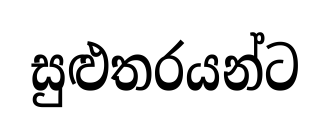
සුළුතරයන්ට